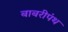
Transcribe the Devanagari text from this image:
बाबरीपंथ